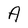
Character: A